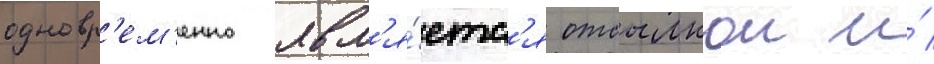
одновр'ем'енно явл'я́етс'я отсылкои и́